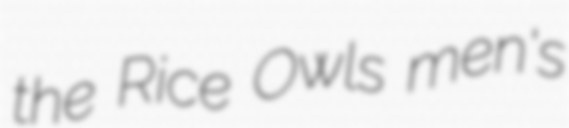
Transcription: the Rice Owls men's